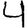
Digit: 4